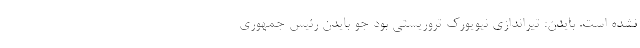
نشده است. بایدن: تیراندازی نیویورک تروریستی بود جو بایدن رئیس جمهوری